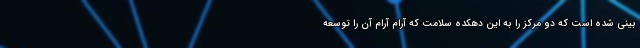
بینی شده است که دو مرکز را به این دهکده سلامت که آرام آرام آن را توسعه